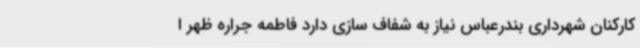
کارکنان شهرداری بندرعباس نیاز به شفاف سازی دارد فاطمه جراره ظهر ا